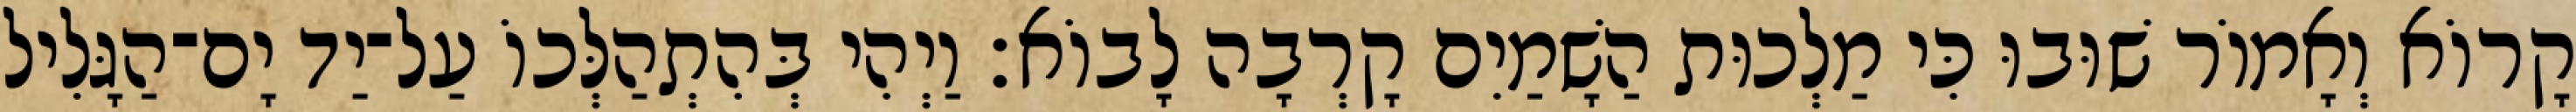
קָרוֹא וְאָמוֹר שׁוּבוּ כִּי מַלְכוּת הַשָׁמַיִם קָרְבָה לָבוֹא׃ וַיְהִי בְּהִתְהַלְּכוֹ עַל־יַד יָם־הַגָּלִיל